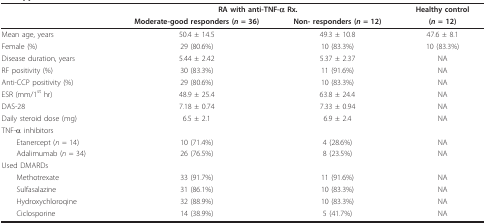
<table><thead><tr><td></td><td colspan="2"><b>RA with anti-TNF-α Rx.</b></td><td><b>Healthy control</b></td></tr><tr><td></td><td><b>Moderate-good responders (<i>n </i>= 36)</b></td><td><b>Non- responders (<i>n </i>= 12)</b></td><td><b>(<i>n </i>= 12)</b></td></tr></thead><tbody><tr><td>Mean age, years</td><td>50.4 ± 14.5</td><td>49.3 ± 10.8</td><td>47.6 ± 8.1</td></tr><tr><td>Female (%)</td><td>29 (80.6%)</td><td>10 (83.3%)</td><td>10 (83.3%)</td></tr><tr><td>Disease duration, years</td><td>5.44 ± 2.42</td><td>5.37 ± 2.37</td><td>NA</td></tr><tr><td>RF positivity (%)</td><td>30 (83.3%)</td><td>11 (91.6%)</td><td>NA</td></tr><tr><td>Anti-CCP positivity (%)</td><td>29 (80.6%)</td><td>10 (83.3%)</td><td>NA</td></tr><tr><td>ESR (mm/1<sup>st </sup>hr)</td><td>48.9 ± 25.4</td><td>63.8 ± 24.4</td><td>NA</td></tr><tr><td>DAS-28</td><td>7.18 ± 0.74</td><td>7.33 ± 0.94</td><td>NA</td></tr><tr><td>Daily steroid dose (mg)</td><td>6.5 ± 2.1</td><td>6.9 ± 2.4</td><td>NA</td></tr><tr><td>TNF-α inhibitors</td><td></td><td></td><td></td></tr><tr><td> Etanercept (<i>n </i>= 14)</td><td>10 (71.4%)</td><td>4 (28.6%)</td><td>NA</td></tr><tr><td> Adalimumab (<i>n </i>= 34)</td><td>26 (76.5%)</td><td>8 (23.5%)</td><td>NA</td></tr><tr><td>Used DMARDs</td><td></td><td></td><td></td></tr><tr><td> Methotrexate</td><td>33 (91.7%)</td><td>11 (91.6%)</td><td>NA</td></tr><tr><td> Sulfasalazine</td><td>31 (86.1%)</td><td>10 (83.3%)</td><td>NA</td></tr><tr><td> Hydroxychloroqine</td><td>32 (88.9%)</td><td>10 (83.3%)</td><td>NA</td></tr><tr><td> Ciclosporine</td><td>14 (38.9%)</td><td>5 (41.7%)</td><td>NA</td></tr></tbody></table>